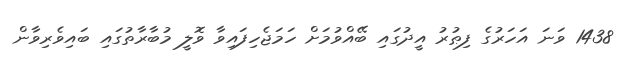
1438 ވަނަ އަހަރުގެ ފިޠުރު އީދުގައި ބޭއްވުމަށް ހަމަޖެހިފައިވާ ވޮލީ މުބާރާތުގައި ބައިވެރިވާން